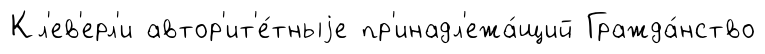
Кл'ев'ерл'и автор'ит'е́тныjе пр'инадл'ежа́щий Гражда́нство